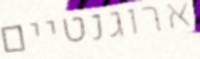
ארוגנטיים